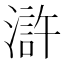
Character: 滸